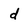
Character: d